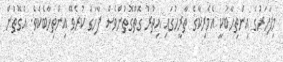
މިފަހަރުގެ އިންތިހާބަކީ އެމެރިކާގެ ތާރީހުގައި އިތުރު ގޮތްގޮތުންވެސް ފާހަގަ ކުރެވޭ އިންތިހާބެކެވެ. އެގޮތުން